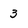
Character: 3